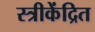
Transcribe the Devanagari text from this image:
स्त्रीकेंद्रित